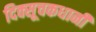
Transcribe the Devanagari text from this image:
दिक्सूचकधानी